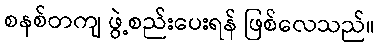
စနစ်တကျ ဖွဲ့စည်းပေးရန် ဖြစ်လေသည်။